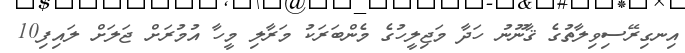
އިނގިރޭސިވިލާތުގެ ޤާނޫނު ހަދާ މަޖިލީހުގެ މެންބަރަކު މަރާލި މީހާ އުމުރަށް ޖަލަށް ލައިފި10